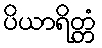
ပိယာရိတ္တံ